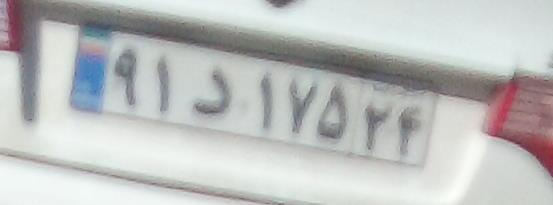
۹۱د۱۷۵۲۴